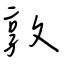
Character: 敦